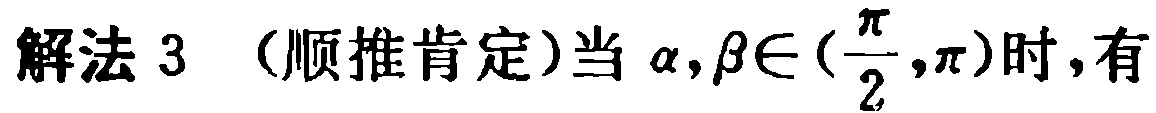
解法 3 （顺推肯定）当 $\alpha,\beta\in(\frac{\pi}{2},\pi)$时，有